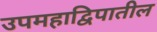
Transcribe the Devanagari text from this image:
उपमहाद्विपातील